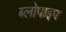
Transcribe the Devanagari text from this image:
ब्लोपाइप